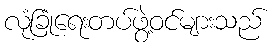
လုံခြုံရေးတပ်ဖွဲ့ဝင်များသည်